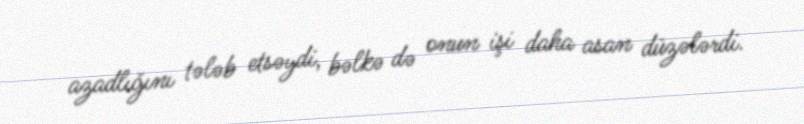
azadlığını tələb etsəydi, bəlkə də onun işi daha asan düzələrdi.